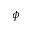
\phi